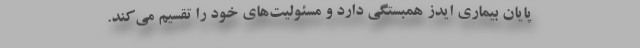
پایان بیماری ایدز همبستگی دارد و مسئولیت‌های خود را تقسیم می‌کند.